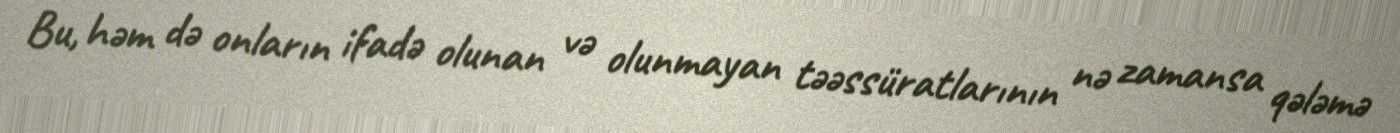
Bu, həm də onların ifadə olunan və olunmayan təəssüratlarının nə zamansa qələmə